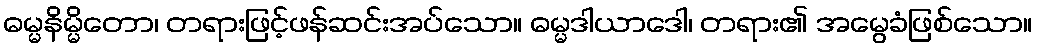
ဓမ္မနိမ္မိတော၊ တရားဖြင့်ဖန်ဆင်းအပ်သော။ ဓမ္မဒါယာဒေါ၊ တရား၏ အမွေခံဖြစ်သော။